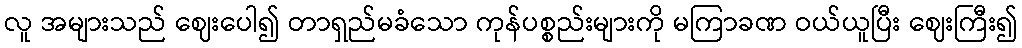
လူ အများသည် ဈေးပေါ၍ တာရှည်မခံသော ကုန်ပစ္စည်းများကို မကြာခဏ ဝယ်ယူပြီး ဈေးကြီး၍